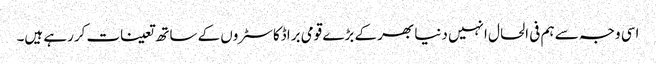
اسی وجہ سے ہم فی الحال انہیں دنیا بھر کے بڑے قومی براڈکاسٹروں کے ساتھ تعینات کررہے ہیں۔